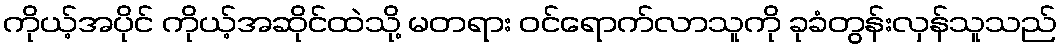
ကိုယ့်အပိုင် ကိုယ့်အဆိုင်ထဲသို့ မတရား ဝင်ရောက်လာသူကို ခုခံတွန်းလှန်သူသည်